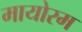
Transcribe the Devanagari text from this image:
मायोरम